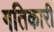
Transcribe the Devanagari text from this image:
गतिकारी